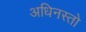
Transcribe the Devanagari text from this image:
अधिनस्तो